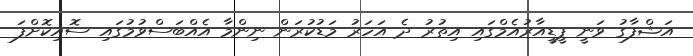
އަޝްފާގު ވަނީ ޕީޑީއާރުއެމްގައި އިތުރު ދެ އަހަރު މަޑުކުރަން ނިންމާ އެއްބަސްވުމުގައި ސޮއިކޮށްފަ